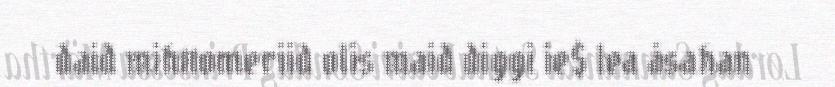
daid mihttomeriid olis maid diggi ie$ lea åsahan